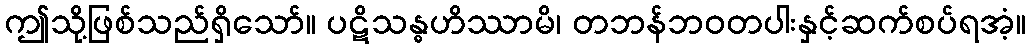
ဤသို့ဖြစ်သည်ရှိသော်။ ပဋိသန္ဓဟိဿာမိ၊ တဘန်ဘဝတပါးနှင့်ဆက်စပ်ရအံ့။